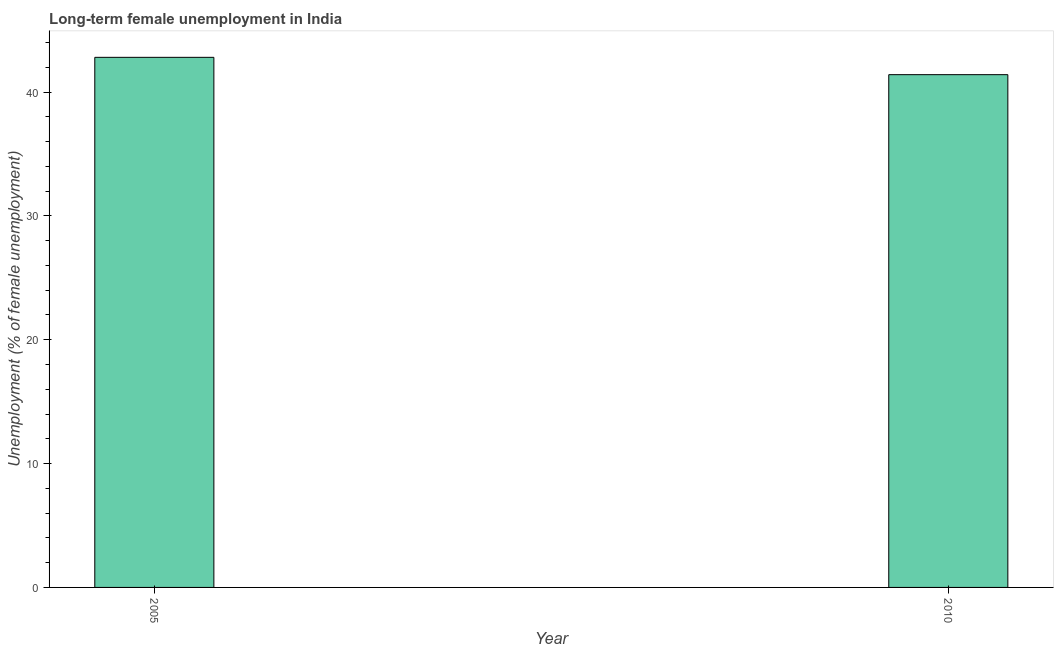
| Year | Long-term unemployment female |
 | --- | --- |
 | 2005 | 42.8 |
 | 2010 | 41.4 |